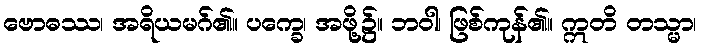
ဗောဓဿ၊ အရိယမဂ်၏။ ပက္ခေ၊ အဖို့၌။ ဘဝါ၊ ဖြစ်ကုန်၏။ ဣတိ တသ္မာ၊